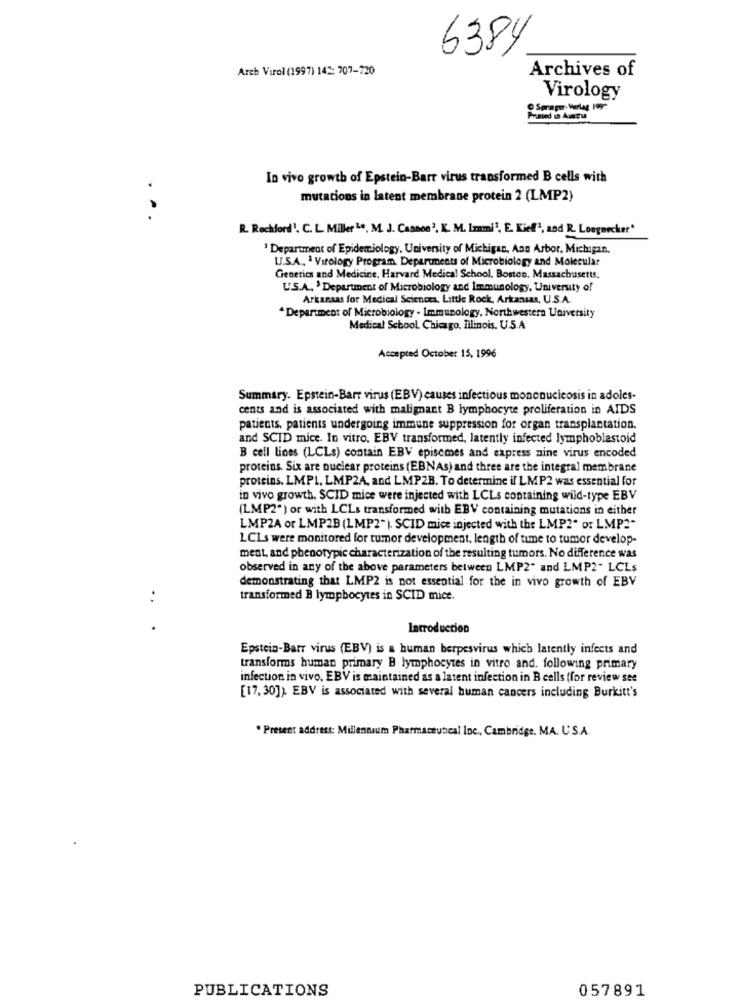
6384
Areb Virol (1997) 142 707-720
Archives of
Virology
Sprayw- Verlag 1997
Praned Da Amtu
In vivo growth of Epstein-Barr virus transformed B cells with
mutations in latent membrane protein 2 (LMP2)
. ..
R. Rechford'. C. L. Miller 24, M. J. Capace', K. M. Immi, E. Kief", and R. Longnecker
' Department of Epidemiology, University of Michigan, Ann Arbor, Michigan.
U.S.A. 1 Virology Program. Departments of Microbiology and Molecular
Genetics and Medicine. Harvard Medical School, Boston, Massachusetts.
L'S.A. ' Department of Microbiology and Immunology, University of
Arkansas for Medical Sciences, Little Rock, Arkansas, U.S.A.
* Department of Microbiology - Immunology, Northwestern University
Medical School Chicago, Illinois, U.S.A
Accepted October 15, 1996
Summary. Epstein-Barr virus (EBV) causes infectious mononucleosis in adoles-
cents and is associated with malignant B lymphocyte proliferation in AIDS
patients, patients undergoing immune suppression for organ transplantation.
and SCID mice. In vitro, EBV transformed, latently infected lymphoblastoid
B cell lines (LCLs) contain EBV episemes and express nine virus encoded
proteins. Six are nuclear proteins (EBNAs) and three are the integral membrane
proteins. LMPI, LMP2A, and LMP2B. To determine if LMP2 was essential for
in vivo growth. SCID mice were injected with LCLs containing wild-type EBV
(LMP2") or with LCLs transformed with EBV containing mutations in either
LMP2A or LMP2B (LMP2"). SCID mice injected with the LMP2" or LMP2"
LCLs were monitored for tumor development, length of time to tumor develop-
ment, and phenotypic characterization of the resulting tumors. No difference was
observed in any of the above parameters between LMP2" and LMP2- LCLs
demonstrating that LMP2 is not essential for the in vivo growth of EBV
..
transformed B lymphocytes in SCID mice.
.
Introduction
Epstein-Barr virus (EBV) is a human herpesvirus which latently infects and
transforms human primary B lymphocytes in vitro and. following primary
infection in vivo, EBV is maintained as a latent infection in B cells (for review see
[17, 30]). EBV is associated with several human cancers including Burkitt's
. Present address: Millennium Pharmaceutical Inc ., Cambridge, MA. U.S.A.
PUBLICATIONS
057891